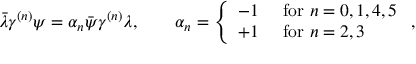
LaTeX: \bar { \lambda } \gamma ^ { ( n ) } \psi = \alpha _ { n } \bar { \psi } \gamma ^ { ( n ) } \lambda , \qquad \alpha _ { n } = \left\{ \begin{array} { l l } { { - 1 } } & { { \mathrm { ~ f o r ~ } n = 0 , 1 , 4 , 5 } } \\ { { + 1 } } & { { \mathrm { ~ f o r ~ } n = 2 , 3 } } \end{array} \right. ,